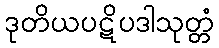
ဒုတိယပဋိပဒါသုတ္တံ